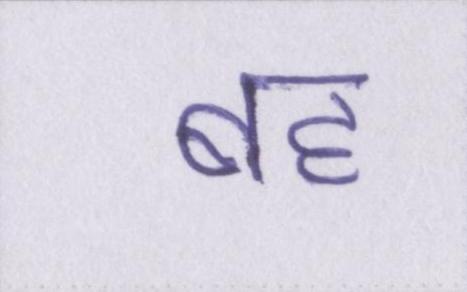
बह